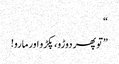
“
”تو پھر دوڑو، پکڑو اور مارو!